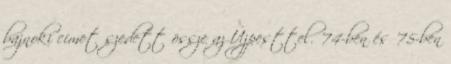
bajnoki címet szedett össze az Újpesttel. '74-ben és '75-ben